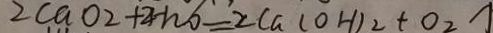
2 C a O _ { 2 } + 2 H _ { 2 } O = 2 C a ( O H ) _ { 2 } + O _ { 2 } \uparrow